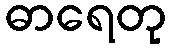
ဓာရေတု